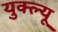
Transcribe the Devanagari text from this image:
युक्ल्यू